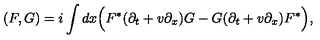
( F , G ) = i \int d x \Bigl ( F ^ { * } ( \partial _ { t } + v \partial _ { x } ) G - G ( \partial _ { t } + v \partial _ { x } ) F ^ { * } \Bigr ) ,